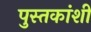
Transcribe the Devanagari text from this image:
पुस्तकांशी